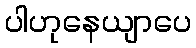
ပါဟုနေယျာပေ